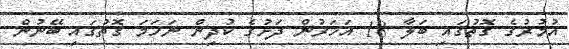
އުމުރުގެ ގޮތުގައި ބަލާ 18 އަހަރުން ދަށުގެ ކުދިން ނަހަމަ ގޮތުގައި ބޭނުން